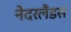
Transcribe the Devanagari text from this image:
नेदरलैंडस